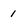
Character: 1